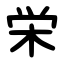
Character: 栄